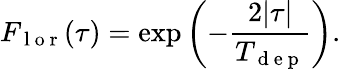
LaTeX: F_{\mathrm{~l~o~r~}}(\tau)=\exp\left(-\frac{2|\tau|}{T_{\mathrm{~d~e~p~}}}\right).